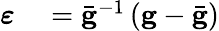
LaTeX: \begin{array}{rl}{\boldsymbol{\varepsilon}}&{{}=\bar{\mathbf g}^{-1}\left({\mathbf g}-\bar{\mathbf g}\right)}\end{array}